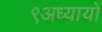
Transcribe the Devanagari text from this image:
९अध्यायों